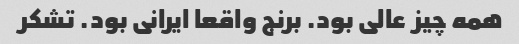
همه چیز عالی بود. برنج واقعا ایرانی بود. تشکر